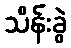
သိန်းခွဲ